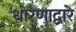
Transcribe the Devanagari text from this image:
धोरणाद्वारे